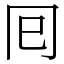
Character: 囘